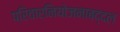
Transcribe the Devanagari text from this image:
परिवारनियोजनाबद्दल